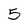
Character: 5